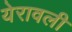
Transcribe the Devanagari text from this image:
येरावली